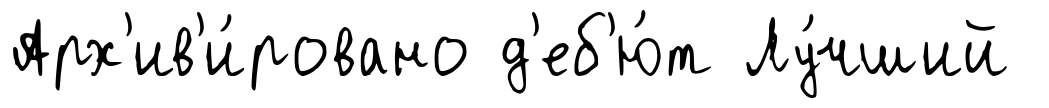
Арх'ив'и́ровано д'еб'ю́т Лу́чший